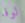
لوقا